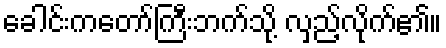
ခေါင်းကတော်ကြီးဘက်သို့ လှည့်လိုက်၏။